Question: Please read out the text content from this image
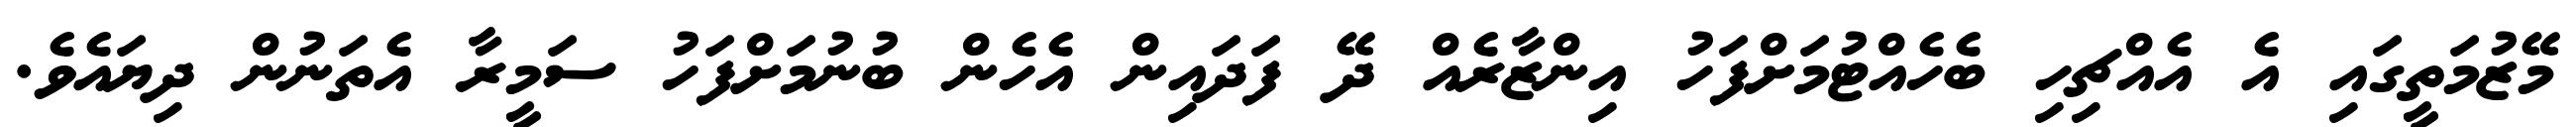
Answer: މޭޒުމަތީގައި އެ އެއްޗިހި ބެހެއްޓުމަށްފަހު އިންޒާރެއް ދޭ ފަދައިން އެހެން ބުނުމަށްފަހު ސަމީރާ އެތަނުން ދިޔައެވެ.